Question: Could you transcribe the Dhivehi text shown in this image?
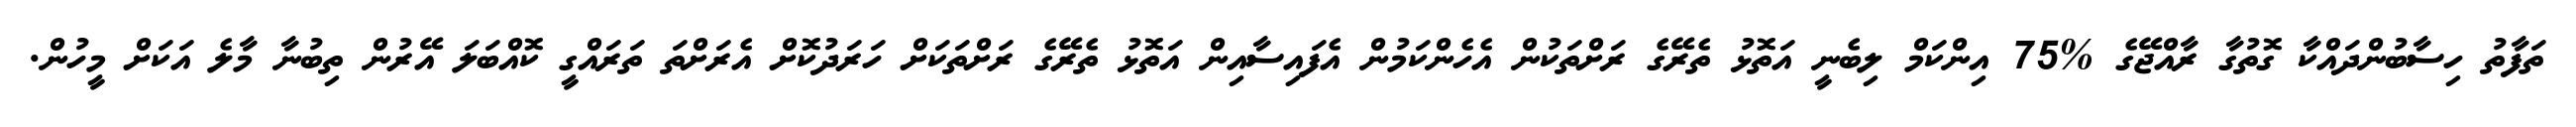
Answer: ތަފާތު ހިސާބުންދައްކާ ގޮތުގާ ރާއްޖޭގެ %75 އިންކަމް ލިބެނީ އަތޮޅު ތެރޭގެ ރަށްތަކުން އެހެންކަމުން އެފައިސާއިން އަތޮޅު ތެރޭގެ ރަށްތަކަށް ހަރަދުކޮށް އެރަށްތަ ތަރައްގީ ކޮއްބަލަ އޭރުން ތިބުނާ މާލެ އަކަށް މީހުން.